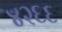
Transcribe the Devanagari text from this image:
४२६६